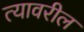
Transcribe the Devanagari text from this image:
त्‍यावरील